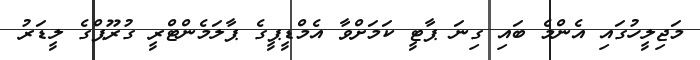
މަޖިލީހުގައި އެންމެ ބައި ގިނަ ޕާޓީ ކަމަށްވާ އެމްޑީޕީގެ ޕާލަމެންޓްރީ ގުރޫޕްގެ ލީޑަރު